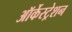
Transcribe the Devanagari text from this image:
ऑर्केस्ट्रेशन